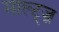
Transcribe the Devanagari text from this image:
साल्ट्ज़